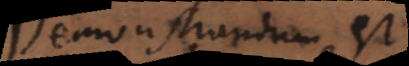
Demonstrandum est